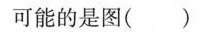
可能的是图()